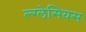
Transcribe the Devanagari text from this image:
ल्ग्लेसियस